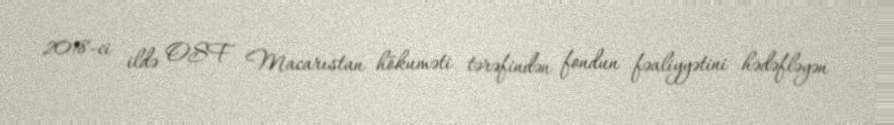
2018-ci ildə OSF Macarıstan hökuməti tərəfindən fondun fəaliyyətini hədəfləyən